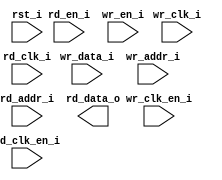
// Verilog netlist produced by program LSE 
// Netlist written on Wed Mar 23 10:32:24 2022
// Source file index table: 
// Object locations will have the form @<file_index>(<first_ line>[<left_column>],<last_line>[<right_column>])
// file 0 "c:/lscc/radiant/3.1/ip/common/adder/rtl/lscc_adder.v"
// file 1 "c:/lscc/radiant/3.1/ip/common/adder_subtractor/rtl/lscc_add_sub.v"
// file 2 "c:/lscc/radiant/3.1/ip/common/complex_mult/rtl/lscc_complex_mult.v"
// file 3 "c:/lscc/radiant/3.1/ip/common/counter/rtl/lscc_cntr.v"
// file 4 "c:/lscc/radiant/3.1/ip/common/fifo/rtl/lscc_fifo.v"
// file 5 "c:/lscc/radiant/3.1/ip/common/fifo_dc/rtl/lscc_fifo_dc.v"
// file 6 "c:/lscc/radiant/3.1/ip/common/mult_accumulate/rtl/lscc_mult_accumulate.v"
// file 7 "c:/lscc/radiant/3.1/ip/common/mult_add_sub/rtl/lscc_mult_add_sub.v"
// file 8 "c:/lscc/radiant/3.1/ip/common/mult_add_sub_sum/rtl/lscc_mult_add_sub_sum.v"
// file 9 "c:/lscc/radiant/3.1/ip/common/multiplier/rtl/lscc_multiplier.v"
// file 10 "c:/lscc/radiant/3.1/ip/common/ram_dp/rtl/lscc_ram_dp.v"
// file 11 "c:/lscc/radiant/3.1/ip/common/ram_dq/rtl/lscc_ram_dq.v"
// file 12 "c:/lscc/radiant/3.1/ip/common/rom/rtl/lscc_rom.v"
// file 13 "c:/lscc/radiant/3.1/ip/common/subtractor/rtl/lscc_subtractor.v"
// file 14 "c:/lscc/radiant/3.1/ip/pmi/pmi_add.v"
// file 15 "c:/lscc/radiant/3.1/ip/pmi/pmi_addsub.v"
// file 16 "c:/lscc/radiant/3.1/ip/pmi/pmi_complex_mult.v"
// file 17 "c:/lscc/radiant/3.1/ip/pmi/pmi_counter.v"
// file 18 "c:/lscc/radiant/3.1/ip/pmi/pmi_dsp.v"
// file 19 "c:/lscc/radiant/3.1/ip/pmi/pmi_fifo.v"
// file 20 "c:/lscc/radiant/3.1/ip/pmi/pmi_fifo_dc.v"
// file 21 "c:/lscc/radiant/3.1/ip/pmi/pmi_mac.v"
// file 22 "c:/lscc/radiant/3.1/ip/pmi/pmi_mult.v"
// file 23 "c:/lscc/radiant/3.1/ip/pmi/pmi_multaddsub.v"
// file 24 "c:/lscc/radiant/3.1/ip/pmi/pmi_multaddsubsum.v"
// file 25 "c:/lscc/radiant/3.1/ip/pmi/pmi_ram_dp.v"
// file 26 "c:/lscc/radiant/3.1/ip/pmi/pmi_ram_dp_be.v"
// file 27 "c:/lscc/radiant/3.1/ip/pmi/pmi_ram_dq.v"
// file 28 "c:/lscc/radiant/3.1/ip/pmi/pmi_ram_dq_be.v"
// file 29 "c:/lscc/radiant/3.1/ip/pmi/pmi_rom.v"
// file 30 "c:/lscc/radiant/3.1/ip/pmi/pmi_sub.v"
// file 31 "c:/lscc/radiant/3.1/cae_library/simulation/verilog/ice40up/ccu2_b.v"
// file 32 "c:/lscc/radiant/3.1/cae_library/simulation/verilog/ice40up/fd1p3bz.v"
// file 33 "c:/lscc/radiant/3.1/cae_library/simulation/verilog/ice40up/fd1p3dz.v"
// file 34 "c:/lscc/radiant/3.1/cae_library/simulation/verilog/ice40up/fd1p3iz.v"
// file 35 "c:/lscc/radiant/3.1/cae_library/simulation/verilog/ice40up/fd1p3jz.v"
// file 36 "c:/lscc/radiant/3.1/cae_library/simulation/verilog/ice40up/hsosc.v"
// file 37 "c:/lscc/radiant/3.1/cae_library/simulation/verilog/ice40up/hsosc1p8v.v"
// file 38 "c:/lscc/radiant/3.1/cae_library/simulation/verilog/ice40up/ib.v"
// file 39 "c:/lscc/radiant/3.1/cae_library/simulation/verilog/ice40up/ifd1p3az.v"
// file 40 "c:/lscc/radiant/3.1/cae_library/simulation/verilog/ice40up/lsosc.v"
// file 41 "c:/lscc/radiant/3.1/cae_library/simulation/verilog/ice40up/lsosc1p8v.v"
// file 42 "c:/lscc/radiant/3.1/cae_library/simulation/verilog/ice40up/ob.v"
// file 43 "c:/lscc/radiant/3.1/cae_library/simulation/verilog/ice40up/obz_b.v"
// file 44 "c:/lscc/radiant/3.1/cae_library/simulation/verilog/ice40up/ofd1p3az.v"
// file 45 "c:/lscc/radiant/3.1/cae_library/simulation/verilog/ice40up/pdp4k.v"
// file 46 "c:/lscc/radiant/3.1/cae_library/simulation/verilog/ice40up/rgb.v"
// file 47 "c:/lscc/radiant/3.1/cae_library/simulation/verilog/ice40up/rgb1p8v.v"
// file 48 "c:/lscc/radiant/3.1/cae_library/simulation/verilog/ice40up/sp256k.v"
// file 49 "c:/lscc/radiant/3.1/cae_library/simulation/verilog/ice40up/legacy.v"

//
// Verilog Description of module dpram256x16
//

module dpram256x16 (wr_clk_i, rd_clk_i, rst_i, wr_clk_en_i, rd_en_i, 
            rd_clk_en_i, wr_en_i, wr_data_i, wr_addr_i, rd_addr_i, 
            rd_data_o);
    input wr_clk_i;
    input rd_clk_i;
    input rst_i;
    input wr_clk_en_i;
    input rd_en_i;
    input rd_clk_en_i;
    input wr_en_i;
    input [15:0]wr_data_i;
    input [7:0]wr_addr_i;
    input [7:0]rd_addr_i;
    output [15:0]rd_data_o;
    
    
    
endmodule